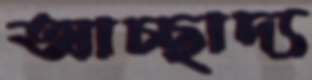
আচ্ছাদ্য